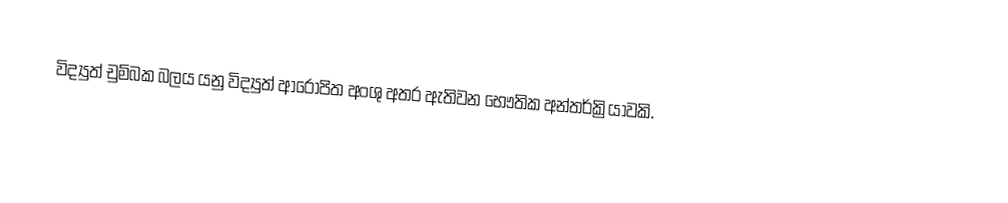
විද්‍යුත් චුම්බක බලය යනු විද්‍යුත් ආරෝපිත අංශු අතර ඇතිවන භෞතික අන්තර්ක්‍රියාවකි.